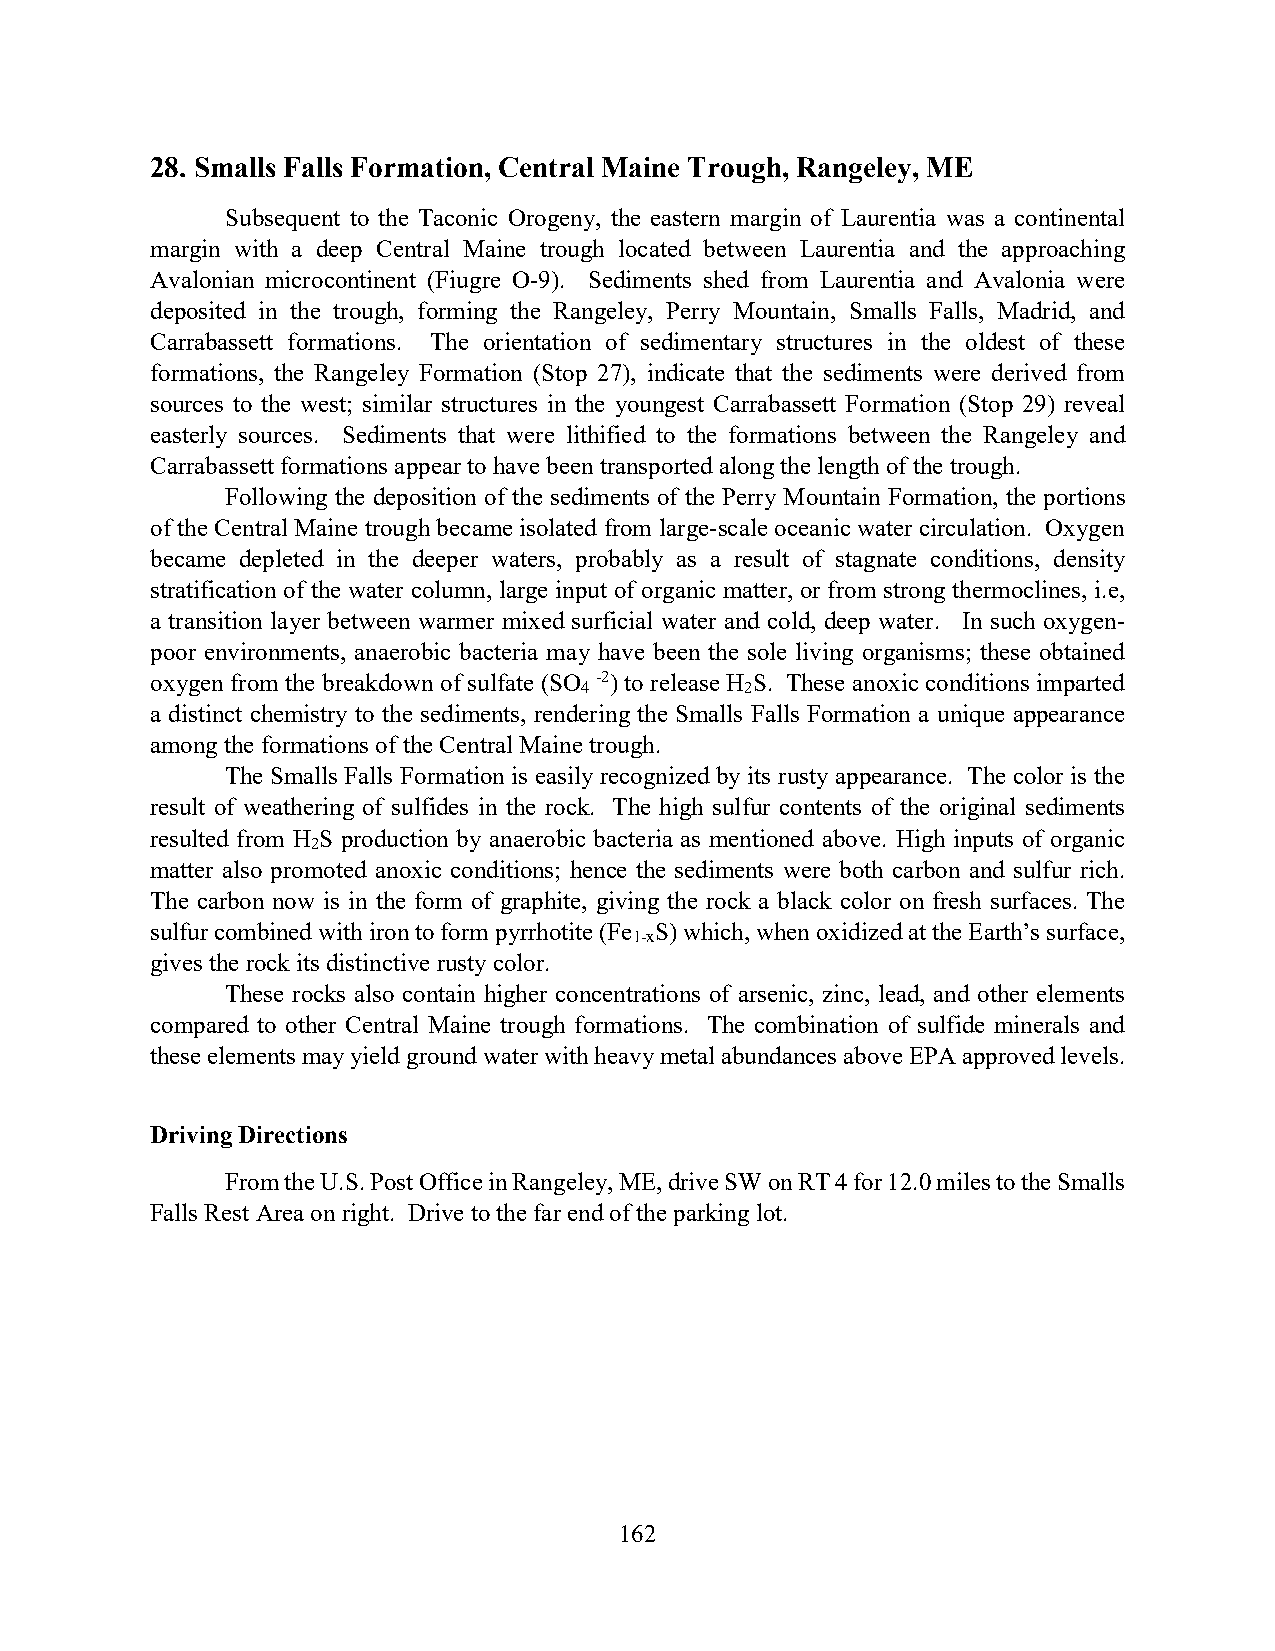
28. Smalls Falls Formation, Central Maine Trough, Rangeley, ME
 Subsequent to the Taconic Orogeny, the eastern margin of Laurentia was a continental
 margin with a deep Central Maine trough located between Laurentia and the approaching
 Avalonian microcontinent (Fiugre O-9). Sediments shed from Laurentia and Avalonia were
 deposited in the trough, forming the Rangeley, Perry Mountain, Smalls Falls, Madrid, and
 Carrabassett formations. The orientation of sedimentary structures in the oldest of these
 formations, the Rangeley Formation (Stop 27), indicate that the sediments were derived from
 sources to the west; similar structures in the youngest Carrabassett Formation (Stop 29) reveal
 easterly sources. Sediments that were lithified to the formations between the Rangeley and
 Carrabassett formations appear to have been transported along the length of the trough.
 Following the deposition of the sediments of the Perry Mountain Formation, the portions
 of the Central Maine trough became isolated from large-scale oceanic water circulation. Oxygen
 became depleted in the deeper waters, probably as a result of stagnate conditions, density
 stratification of the water column, large input of organic matter, or from strong thermoclines, i.e,
 a transition layer between warmer mixed surficial water and cold, deep water. In such oxygen-
 poor environments, anaerobic bacteria may have been the sole living organisms; these obtained
 oxygen from the breakdown of sulfate (SO -2) to release H S. These anoxic conditions imparted
 4          2
 a distinct chemistry to the sediments, rendering the Smalls Falls Formation a unique appearance
 among the formations of the Central Maine trough.
 The Smalls Falls Formation is easily recognized by its rusty appearance. The color is the
 result of weathering of sulfides in the rock. The high sulfur contents of the original sediments
 resulted from H S production by anaerobic bacteria as mentioned above. High inputs of organic
 2
 matter also promoted anoxic conditions; hence the sediments were both carbon and sulfur rich.
 The carbon now is in the form of graphite, giving the rock a black color on fresh surfaces. The
 sulfur combined with iron to form pyrrhotite (Fe S) which, when oxidized at the Earth’s surface,
 1-x
 gives the rock its distinctive rusty color.
 These rocks also contain higher concentrations of arsenic, zinc, lead, and other elements
 compared to other Central Maine trough formations. The combination of sulfide minerals and
 these elements may yield ground water with heavy metal abundances above EPA approved levels.
 Driving Directions
 From the U.S. Post Office in Rangeley, ME, drive SW on RT 4 for 12.0 miles to the Smalls
 Falls Rest Area on right. Drive to the far end of the parking lot.
 162